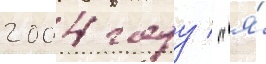
2004 году / "я́